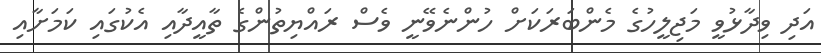
އަދި ވިދާޅުވީ މަޖިލީހުގެ މެންބަރަކަށް ހުންނެވޭނީ ވެސް ރައްޔިތުންގެ ތާއީދާއި އެކުގައި ކަމަށާއި